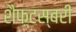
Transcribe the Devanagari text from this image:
शैफ़्टस्बरी